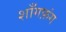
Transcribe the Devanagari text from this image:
शाँगफ़ंग